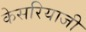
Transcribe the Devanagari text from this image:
केसरियाजी